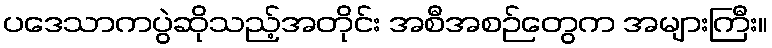
ပဒေသာကပွဲဆိုသည့်အတိုင်း အစီအစဉ်တွေက အများကြီး။